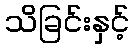
သိခြင်းနှင့်